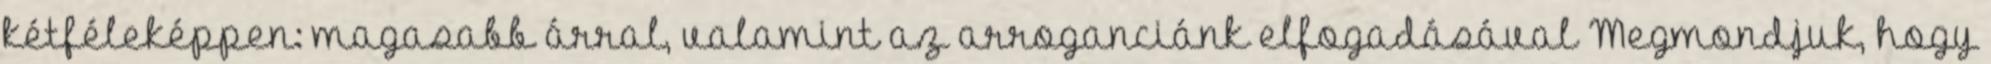
kétféleképpen: magasabb árral, valamint az arroganciánk elfogadásával Megmondjuk, hogy